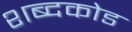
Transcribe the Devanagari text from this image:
शब्दकोड